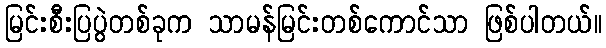
မြင်းစီးပြပွဲတစ်ခုက သာမန်မြင်းတစ်ကောင်သာ ဖြစ်ပါတယ်။